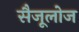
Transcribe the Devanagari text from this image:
सैजूलोज